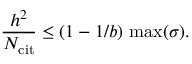
\frac { h ^ { 2 } } { N _ { \mathrm { c i t } } } \leq ( 1 - 1 / b ) \, \operatorname* { m a x } ( { \sigma } ) .